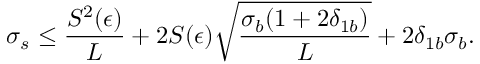
\sigma _ { s } \le \displaystyle \frac { S ^ { 2 } ( \epsilon ) } { L } + 2 S ( \epsilon ) \displaystyle \sqrt { \frac { \sigma _ { b } ( 1 + 2 \delta _ { 1 b } ) } { L } } + 2 \delta _ { 1 b } \sigma _ { b } .